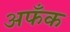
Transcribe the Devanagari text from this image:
अफँक